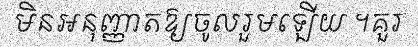
មិនអនុញ្ញាតឱ្យចូលរួមឡើយ ។គួរ